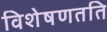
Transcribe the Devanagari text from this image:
विशेषणतति